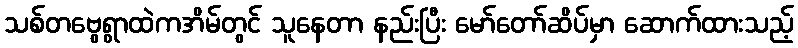
သစ်တဗွေရွာထဲကအိမ်တွင် သူနေတာ နည်းပြီး မော်တော်ဆိပ်မှာ ဆောက်ထားသည့်